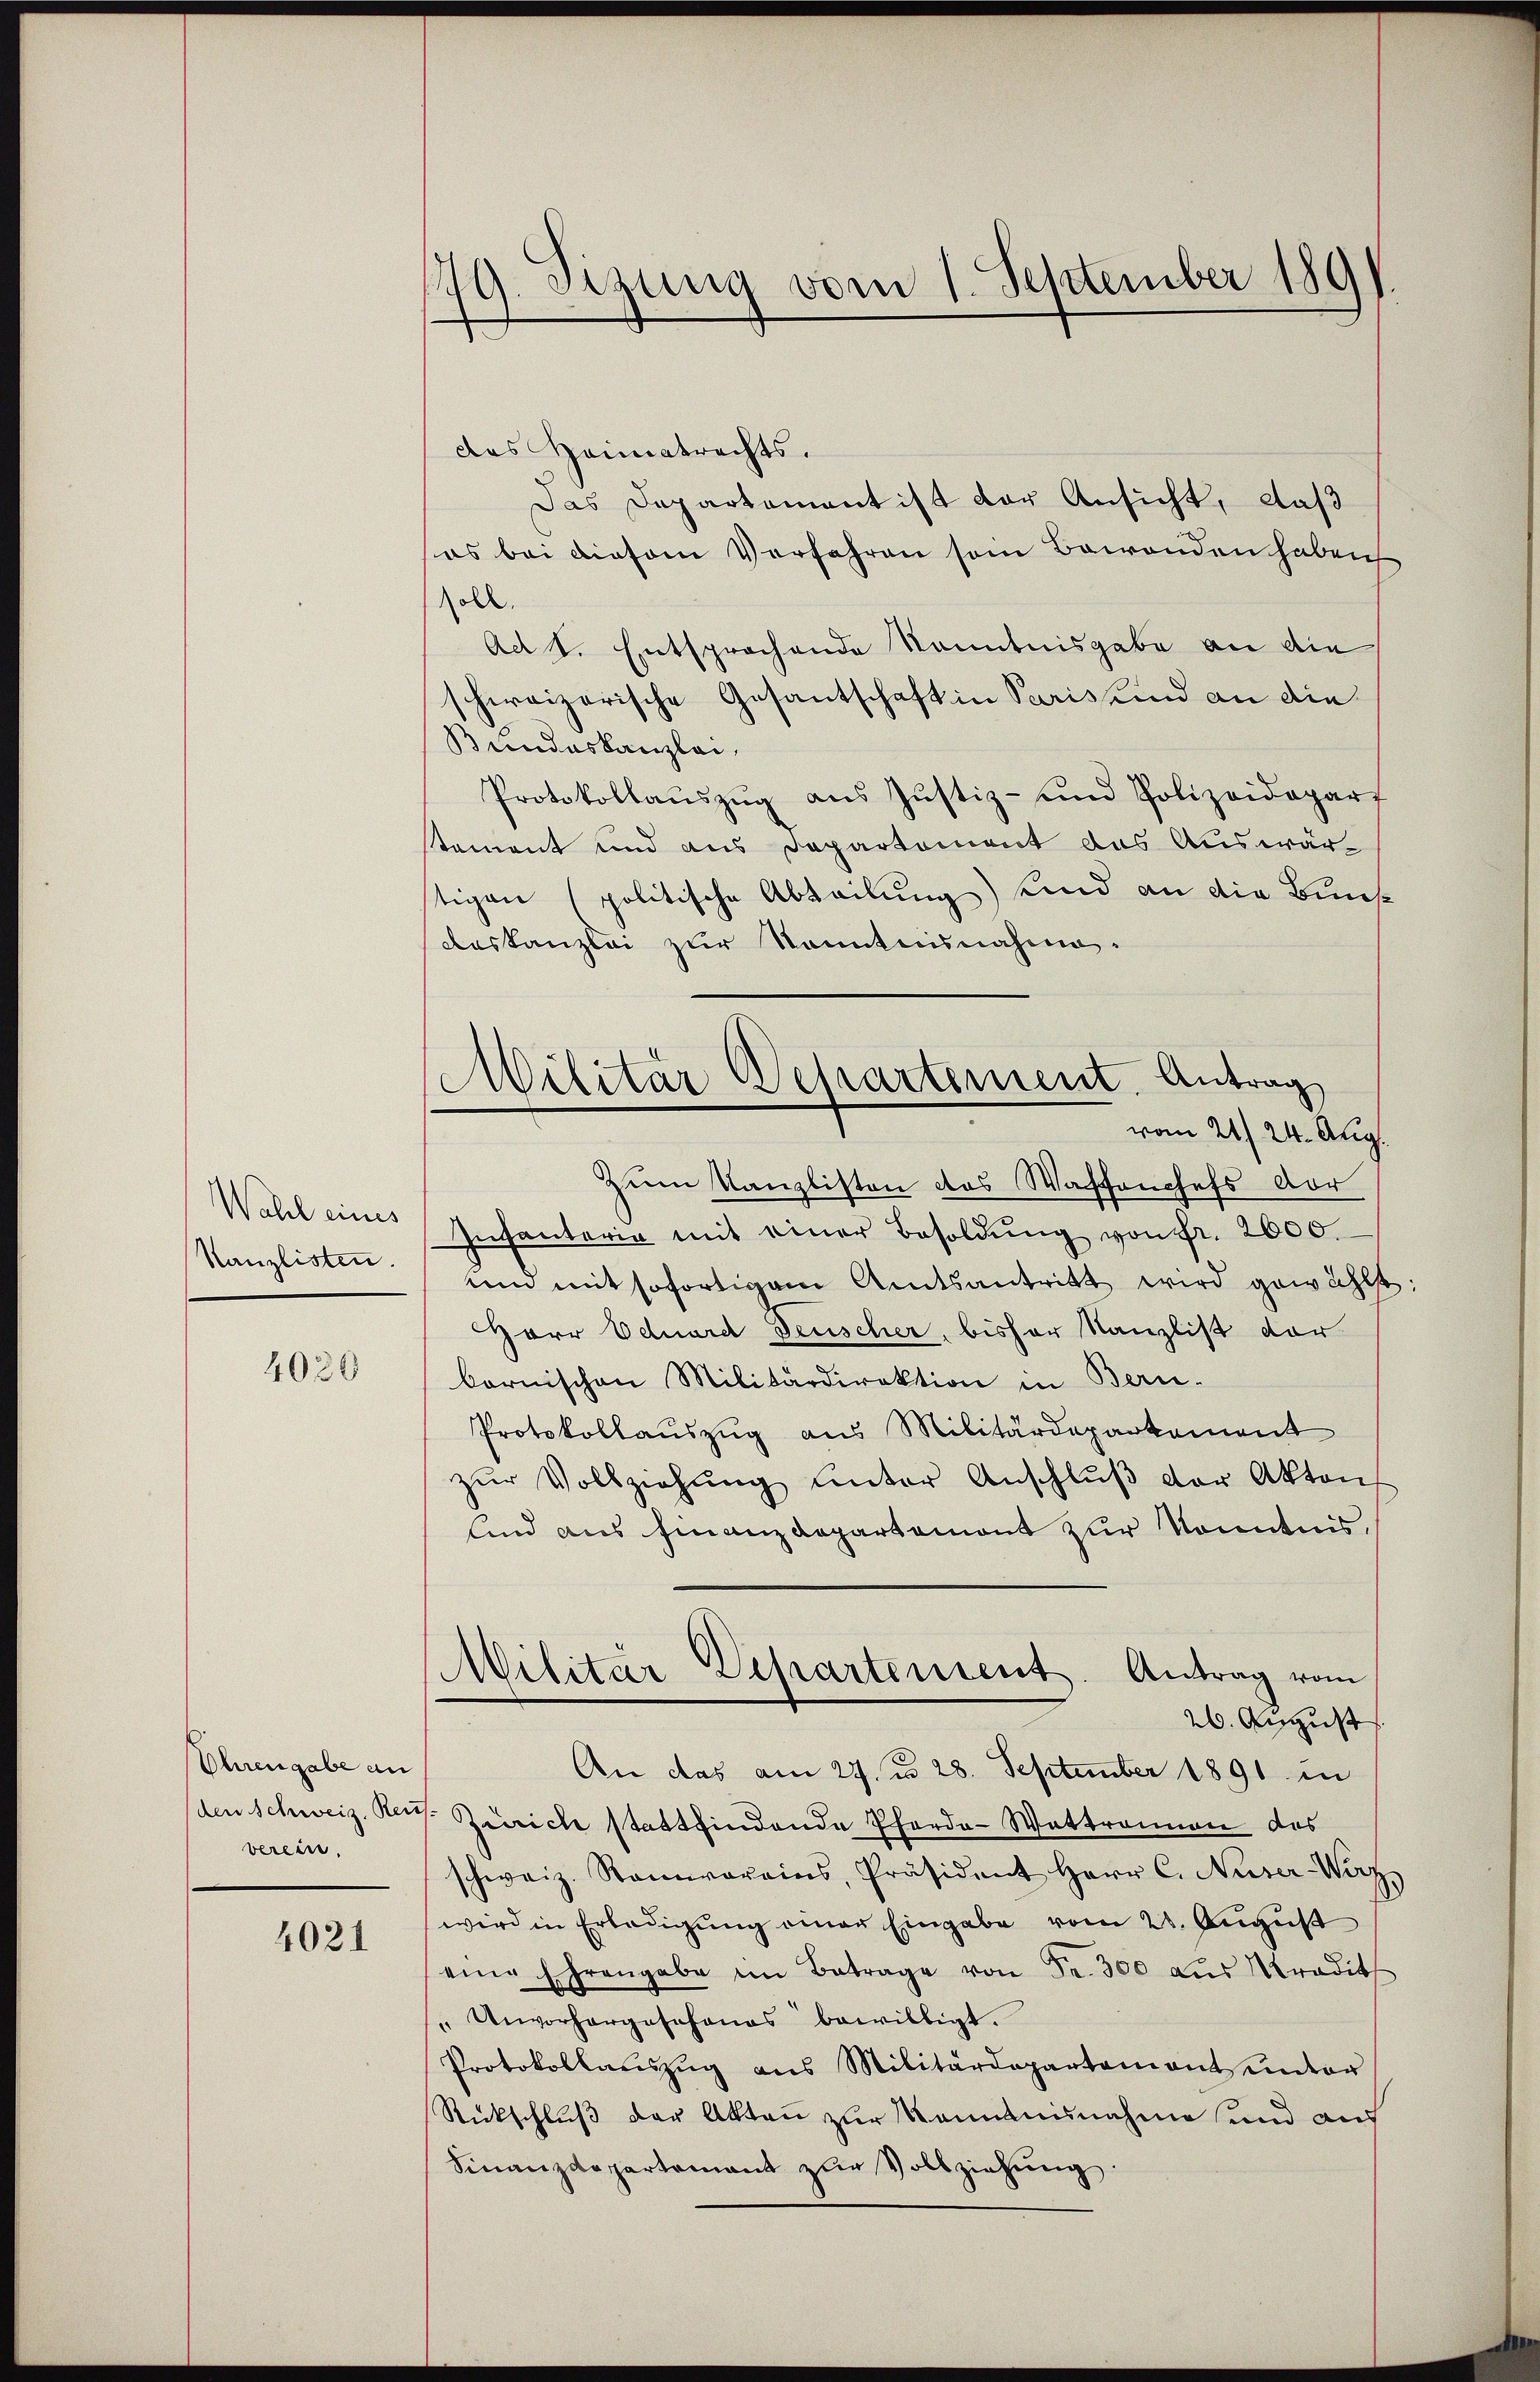
Wahl eines
Kanzlisten.

4030

Ohrengabe an
den Schweiz. Reu
verein.

4021

179. Sizung vom 1. September 1891.

Militär Departement. Antrag
vom 21. 24. Aug.

des Heimatrechts.
Das Departament ist der Ansicht, daß
es bei diesem Verfahren sein Bewenden haben
Roll
Ad 1. Entsprochende Kenntnisgabe an die
schweizerische Gesantschaft in Pariskind an die
Bundeskanzlei,
Protokollaŭszŭg aŭs Justiz- und Polizeidepart
stement und aus Departement das Auswärstigen (politische Abteilung) und an die Bunsaeskanzlei zur Kenntnisnahme.
Zum Kanzlisten des Waffenchefs vor
Infanteria mit einer Besoldŭng von fr. 2600
um mit sofortigem Amtsantritt wird gewählt
HHerr Eduard Deuscher, bisher Kanzlist dar
bornischen Militärdirektion in Bern.
Protokollauszug aus Militärdeparkament
zŭr Vollziehŭng ŭnter Anschlŭβ der Akten
Und aus Finanzdepartemont zur Kenntnis,
Militär-Departensent. Antrag vom
26. August
An das am 27. d. 28. September 1891 in
Zürich stattfindende Pferdo-Wattronnen das
schweiz. Stammvereins, Präsident Herr C. Naser-Wirt
wird in Erledigung einer Eingabe vom 28. August
eine Ehrengabe im Betrage von Fr. 300 aŭs radit
 Unvorhergesehenes bewilligt.
Protokollaŭszŭg ans Militärdepartementsentar
Rückschluß der Akten zur Kenntnisnahme und aus
Finanzdepartement zŭr Vollziehung.